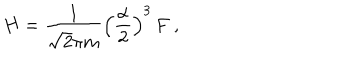
H = \frac { 1 } { \sqrt { 2 } \pi m } \left( \frac { \alpha } { 2 } \right) ^ { 3 } \, F \ ,